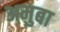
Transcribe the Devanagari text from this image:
अमुबा